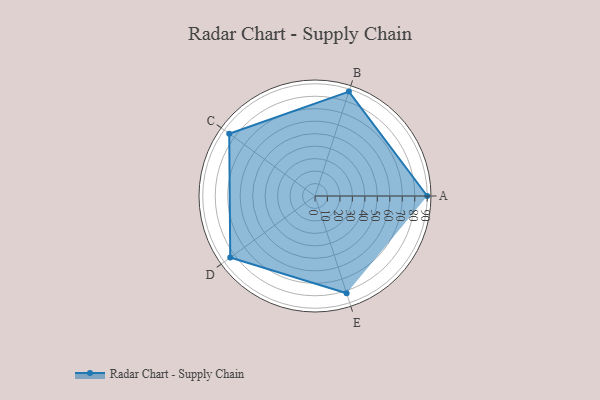
{"axis": {"x": "Skill", "y": "Score"}, "legend": ["Profile"], "data": [{"x": "A", "y": 90.0, "type": "Profile"}, {"x": "B", "y": 88.0, "type": "Profile"}, {"x": "C", "y": 85.0, "type": "Profile"}, {"x": "D", "y": 84.0, "type": "Profile"}, {"x": "E", "y": 82.0, "type": "Profile"}]}